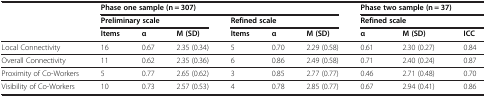
<table><thead><tr><td><b> </b></td><td colspan="6"><b>Phase one sample (n = 307)</b></td><td colspan="3"><b>Phase two sample (n = 37)</b></td></tr><tr><td><b> </b></td><td colspan="3"><b>Preliminary scale</b></td><td colspan="3"><b>Refined scale</b></td><td colspan="3"><b>Refined scale</b></td></tr><tr><td><b> </b></td><td><b>Items</b></td><td><b>α</b></td><td><b>M (SD)</b></td><td><b>Items</b></td><td><b>α</b></td><td><b>M (SD)</b></td><td><b>α</b></td><td><b>M (SD)</b></td><td><b>ICC</b></td></tr></thead><tbody><tr><td>Local Connectivity</td><td>16</td><td>0.67</td><td>2.35 (0.34)</td><td>5</td><td>0.70</td><td>2.29 (0.58)</td><td>0.61</td><td>2.30 (0.27)</td><td>0.84</td></tr><tr><td>Overall Connectivity</td><td>11</td><td>0.62</td><td>2.35 (0.36)</td><td>6</td><td>0.86</td><td>2.49 (0.58)</td><td>0.71</td><td>2.40 (0.24)</td><td>0.87</td></tr><tr><td>Proximity of Co-Workers</td><td>5</td><td>0.77</td><td>2.65 (0.62)</td><td>3</td><td>0.85</td><td>2.77 (0.77)</td><td>0.46</td><td>2.71 (0.48)</td><td>0.70</td></tr><tr><td>Visibility of Co-Workers</td><td>10</td><td>0.73</td><td>2.57 (0.53)</td><td>4</td><td>0.78</td><td>2.85 (0.77)</td><td>0.67</td><td>2.94 (0.41)</td><td>0.86</td></tr></tbody></table>